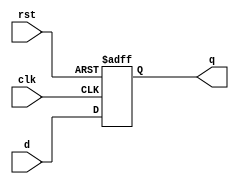
/**************************************************
P1.1 BEHAVIORAL POSITIVE EDGE TRIGGERED D-FLIPFLOP   
ASYNCHRONOUS ACTIVE LOW RESET
************************************************/


module dffb(q,d,clk,rst);

	input d,clk,rst;
	output reg q;

	always@(posedge clk, negedge rst)
		if(!rst)
			q <= 1'b0;
		else
			q <= d;

endmodule